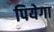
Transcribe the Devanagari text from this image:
पियेगा